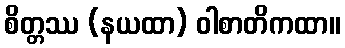
စိတ္တဿ (နယထာ) ဝါစာတိကထာ။